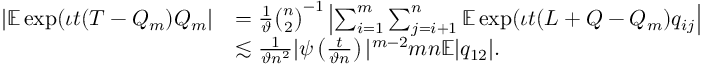
\begin{array} { r l } { | \mathbb { E } \exp ( \iota t ( T - Q _ { m } ) Q _ { m } | } & { = \frac { 1 } { \vartheta } \binom { n } { 2 } ^ { - 1 } \left| \sum _ { i = 1 } ^ { m } \sum _ { j = i + 1 } ^ { n } \mathbb { E } \exp ( \iota t ( L + Q - Q _ { m } ) q _ { i j } \right| } \\ & { \lesssim \frac { 1 } { \vartheta n ^ { 2 } } | \psi \left( \frac { t } { \vartheta n } \right) | ^ { m - 2 } m n \mathbb { E } | q _ { 1 2 } | . } \end{array}